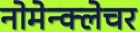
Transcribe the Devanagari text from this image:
नोमेन्क्लेचर